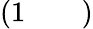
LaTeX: \left(\begin{array}{lll}{1}&{}&{}\end{array}\right)